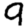
Digit: 9